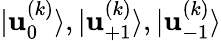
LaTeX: {|\mathbf{u}_{0}^{(k)}\rangle},{|\mathbf{u}_{+1}^{(k)}\rangle},{|\mathbf{u}_{-1}^{(k)}\rangle}